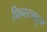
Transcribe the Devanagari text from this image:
प्रिन्स्टनहून